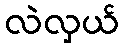
လဲလှယ်